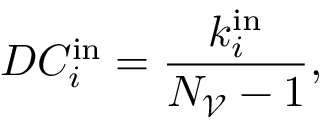
D C _ { i } ^ { \mathrm { i n } } = \frac { k _ { i } ^ { \mathrm { i n } } } { N _ { \mathscr { V } } - 1 } ,